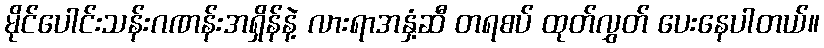
မိုင်ပေါင်းသန်းဂဏန်းအရှိန်နဲ့ လားရာအနှံ့ဆီ တရစပ် ထုတ်လွှတ် ပေးနေပါတယ်။